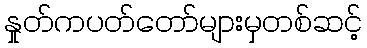
နှုတ်ကပတ်တော်များမှတစ်ဆင့်